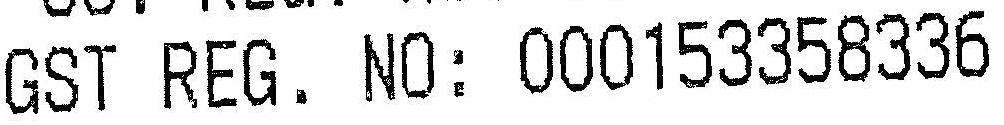
GST REG. NO: 000153358336